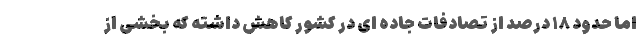
اما حدود ۱۸ درصد از تصادفات جاده ای در کشور کاهش داشته که بخشی از